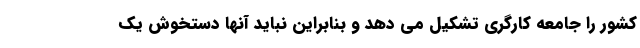
کشور را جامعه کارگری تشکیل می دهد و بنابراین نباید آنها دستخوش یک